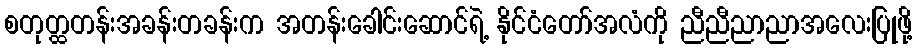
စတုတ္ထတန်းအခန်းတခန်းက အတန်းခေါင်းဆောင်ရဲ့ နိုင်ငံတော်အလံကို ညီညီညာညာအလေးပြုဖို့